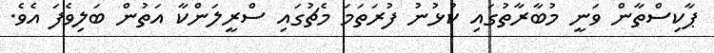
ޕާކިސްތާން ވަނީ މުބާރާތުގައި ކުޅުނު ފުރަތަމަ މެޗުގައި ސްރީލަންކާ އަތުން ބަލިވެފަ އެވެ.